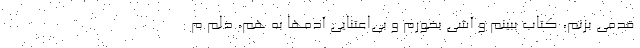
قدمی بزنم، کتاب ببینم و آشی بخورم و بی‌اعتنایی آدمها به هم، دلم م